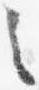
之